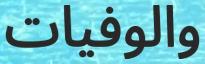
والوفیات